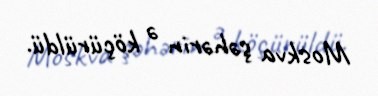
Moskva şəhərin ə köçürüldü.